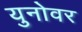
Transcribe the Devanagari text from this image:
युनोवर